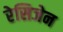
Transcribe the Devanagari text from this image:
रेसिजेन